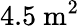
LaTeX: \mathrm{4.5~m^{2}}